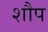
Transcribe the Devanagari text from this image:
शौप